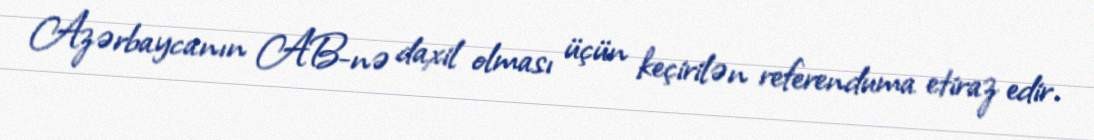
Azərbaycanın AB-nə daxil olması üçün keçirilən referenduma etiraz edir.